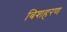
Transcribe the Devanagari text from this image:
बिशहरण